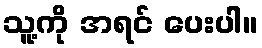
သူ့ကို အရင် ပေးပါ။